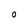
Character: 0